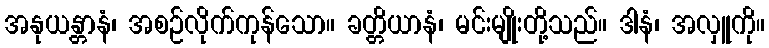
အနုယန္တာနံ၊ အစဉ်လိုက်ကုန်သော။ ခတ္တိယာနံ၊ မင်းမျိုးတို့သည်။ ဒါနံ၊ အလှူကို။